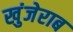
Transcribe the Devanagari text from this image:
खुंजेराब